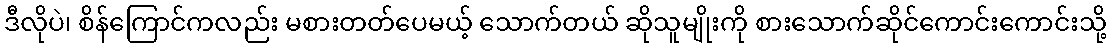
ဒီလိုပဲ၊ စိန်ကြောင်ကလည်း မစားတတ်ပေမယ့် သောက်တယ် ဆိုသူမျိုးကို စားသောက်ဆိုင်ကောင်းကောင်းသို့